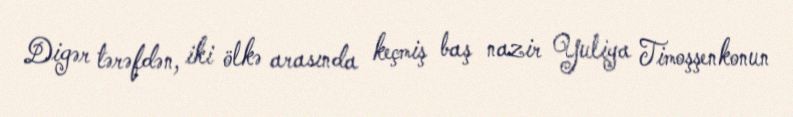
Digər tərəfdən, iki ölkə arasında keçmiş baş nazir Yuliya Timoşşenkonun